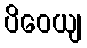
ပိဝေယျ